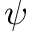
\psi